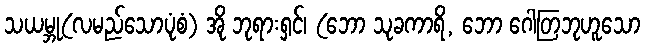
သယမ္ဘု(လမည်သောပုံစံ) အို ဘုရားရှင်၊ (ဘော သုခကာရိ, ဘော ဂေါတြဘုဟူသော